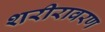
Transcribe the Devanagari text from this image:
शरीरावरण